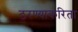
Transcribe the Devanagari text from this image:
ठरण्याकरिता